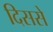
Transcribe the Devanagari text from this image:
दिससे